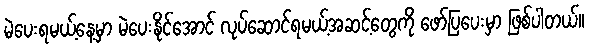
မဲပေးရမယ့်နေ့မှာ မဲပေးနိုင်အောင် လုပ်ဆောင်ရမယ့်အဆင့်တွေကို ဖော်ပြပေးမှာ ဖြစ်ပါတယ်။